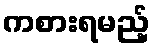
ကစားရမည့်